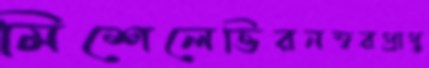
মিশেলেত্তিরনম্বরপ্রাপ্ত